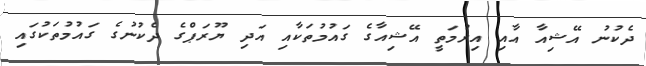
ދެކުނު އޭޝިއާ އާއި އިރުމަތީ އޭޝިއާގެ ގައުމުތަކާއި އަދި ޔޫރަޕްގެ ދެކުނުގެ ގައުމުތަކުގައި